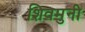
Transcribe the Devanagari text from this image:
शिवमुनी